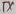
Text: TX